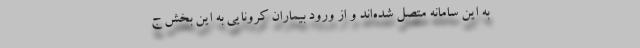
به این سامانه متصل شده‌اند و از ورود بیماران کرونایی به این بخش ج